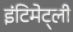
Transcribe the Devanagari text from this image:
इंटिमेट्ली